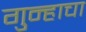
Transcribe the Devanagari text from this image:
गुन्हाचा